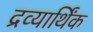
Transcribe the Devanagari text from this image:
द्रव्यार्थिंक